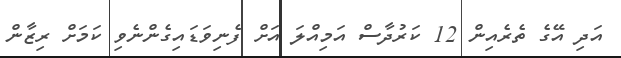
އަދި އޭގެ ތެރެއިން 12 ކަރުދާސް އަމިއްލަ އަށް ފެނިވަޑައިގެންނެވި ކަމަށް ރިޒާން